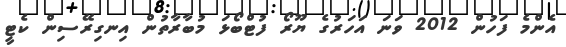
އެންމެ ފަހުން 2012 ވަނަ އަހަރުގެ ޔޫރޯ ފުޓްބޯޅަ މުބާރާތުން އިނގިރޭސިން ކެޓީ